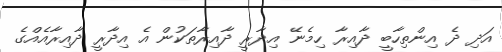
އަދި ދެ އިންތިހާބީ ދާއިރާ ހިމެނޭ އިދާރީ ދާއިރާތަކުން އެ އިދާރީ ދާއިރާއެއްގެ